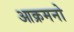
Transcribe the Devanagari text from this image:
आक्रमनो